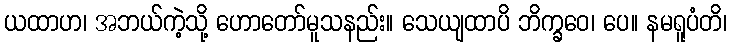
ယထာဟ၊ အဘယ်ကဲ့သို့ ဟောတော်မူသနည်း။ သေယျထာပိ ဘိက္ခဝေ၊ ပေ။ နမရူပံတိ၊